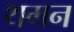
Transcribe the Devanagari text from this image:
थमन